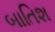
બાતિશ